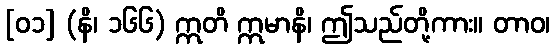
[၀၁] (နိ၊ ၁၆၆) ဣတိ ဣမာနိ၊ ဤသည်တို့ကား။ တာဝ၊